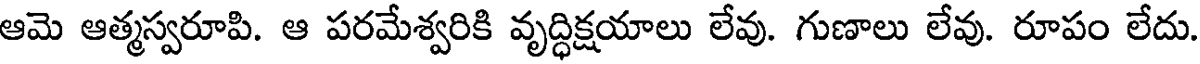
ఆమె ఆత్మస్వరూపి. ఆ పరమేశ్వరికి వృద్ధిక్షయాలు లేవు. గుణాలు లేవు. రూపం లేదు.